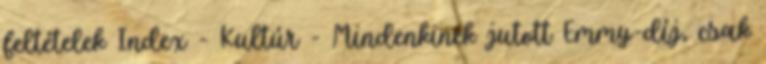
feltételek Index - Kultúr - Mindenkinek jutott Emmy-díj, csak